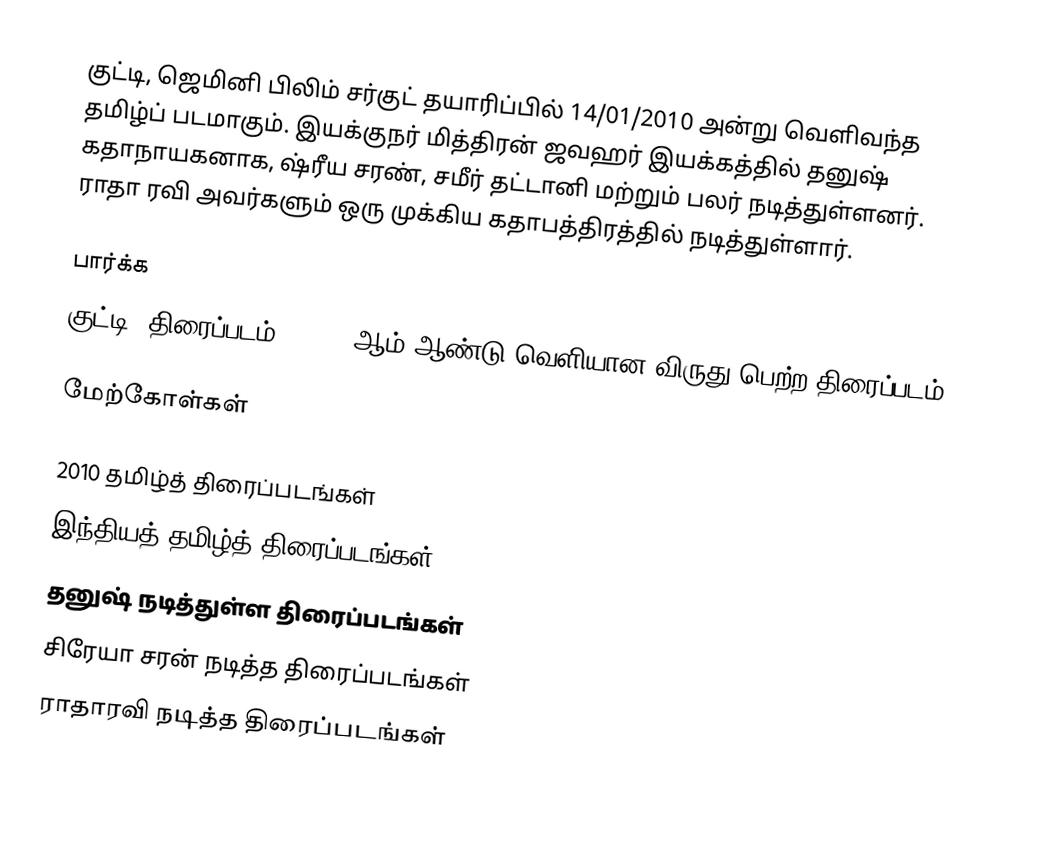
குட்டி, ஜெமினி பிலிம் சர்குட் தயாரிப்பில் 14/01/2010 அன்று வெளிவந்த தமிழ்ப் படமாகும். இயக்குநர் மித்திரன் ஜவஹர் இயக்கத்தில் தனுஷ் கதாநாயகனாக, ஷ்ரீய சரண், சமீர் தட்டானி மற்றும் பலர் நடித்துள்ளனர். ராதா ரவி அவர்களும் ஒரு முக்கிய கதாபத்திரத்தில் நடித்துள்ளார்.

பார்க்க
 குட்டி (திரைப்படம்) - 2001ஆம் ஆண்டு வெளியான விருது பெற்ற திரைப்படம்.

மேற்கோள்கள்

2010 தமிழ்த் திரைப்படங்கள்
இந்தியத் தமிழ்த் திரைப்படங்கள்
தனுஷ் நடித்துள்ள திரைப்படங்கள்
சிரேயா சரன் நடித்த திரைப்படங்கள்
ராதாரவி நடித்த திரைப்படங்கள்